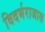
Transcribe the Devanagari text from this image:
विदर्भराजास